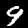
Digit: 9